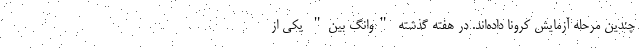
چندین مرحله آزمایش کرونا داده‌اند. در هفته گذشته "وانگ بین" یکی از